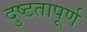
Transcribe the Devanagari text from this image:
दुष्टतापूर्ण